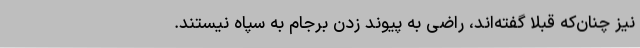
نیز چنان‌که قبلا گفته‌اند، راضی به پیوند زدن برجام به سپاه نیستند.